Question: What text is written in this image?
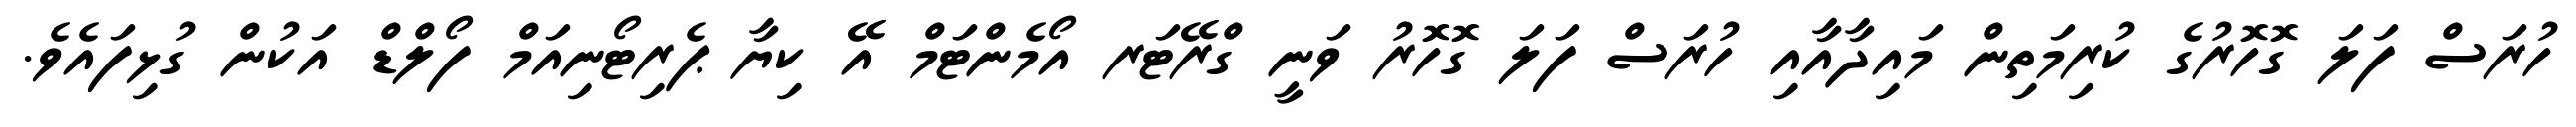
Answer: ހުރަސް ފަލަ ގޮހޮރުގެ ކުރިމަތިން މައިދާއާއި ހުރަސް ފަލަ ގޮހޮރު ވަނީ ގްރޭޓަރ އޯމެންޓަމް އޭ ކިޔާ ޕެރިޓޯނިއަމް ފޯލްޑް އަކުން ގުޅިފައެވެ.